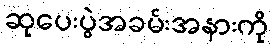
ဆုပေးပွဲအခမ်းအနားကို